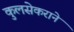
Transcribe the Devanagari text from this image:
कुलसेकराने